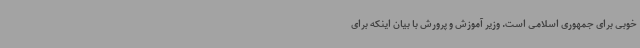
خوبی برای جمهوری اسلامی است. وزیر آموزش و پرورش با بیان اینکه برای